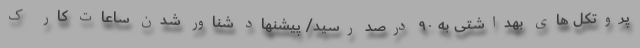
پروتکل های بهداشتی به ۹۰ درصد رسید/ پیشنهاد شناور شدن ساعات کار ک